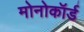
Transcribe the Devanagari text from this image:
मोनोकॉर्ड